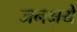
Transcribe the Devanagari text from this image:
जनक्षये